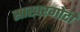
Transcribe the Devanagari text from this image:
साखरगोटी